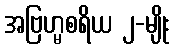
အဗြဟ္မစရိယ ၂-မျိုး